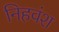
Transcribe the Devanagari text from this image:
निहवंश